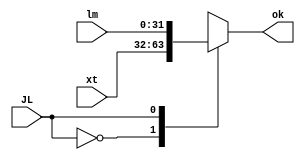
`timescale 1ns / 1ps
//////////////////////////////////////////////////////////////////////////////////
// Company: 
// Engineer: 
// 
// Design Name: 
// Module Name:    MUX_JL 
// Project Name: 
// Target Devices: 
// Tool versions: 
// Description: 
//
// Dependencies: 
//
// Revision: 
// Revision 0.01 - File Created
// Additional Comments: 
//
//////////////////////////////////////////////////////////////////////////////////
module MUX_JL(


	// MUX 2:1 FOR WD3 SOURCE
    input [31:0] xt, // FROM MUX MEMTOREG OUTPUT
    input [31:0] lm, // FROM PC+4
	 input JL, // FROM CU
	output reg [31:0] ok); //OUTPUT TO LUItoreg MUX
	 
	 	// CASE FOR MUX, 1->lm, 0->xt
   always @ (xt or lm or JL) begin  
      case (JL)  
         1'b0 : ok <= xt;  
         1'b1 : ok <= lm;   
      endcase  
   end 

endmodule